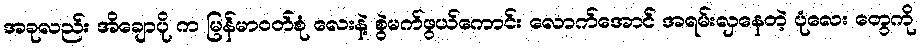
အခုလည်း အိချောပို က မြန်မာဝတ်စုံ လေးနဲ့ စွဲမက်ဖွယ်ကောင်း လောက်အောင် အရမ်းလှနေတဲ့ ပုံလေး တွေကို